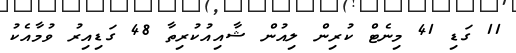
11 ގަޑި 41 މިނެޓް ކުރިން ލިއުން ޝާއިއުކުރިތާ 48 ގަޑިއިރު ވުމާއެކު